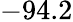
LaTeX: -94.2